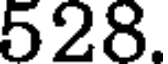
528.